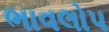
ભાવલોપ